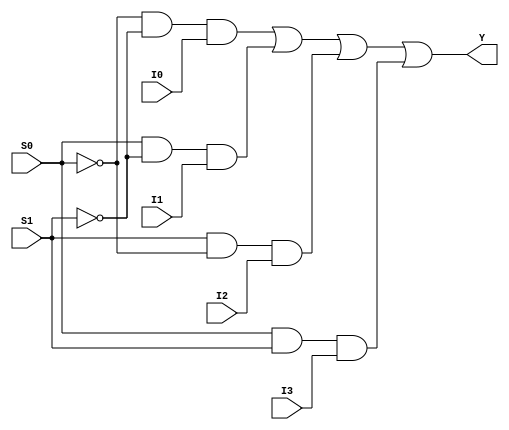
`timescale 1ns / 1ps
//////////////////////////////////////////////////////////////////////////////////
// Company: 
// Engineer: 
// 
// Design Name: 
// Module Name: mux_gate_4_1
// Project Name: 
// Target Devices: 
// Tool Versions: 
// Description: 
// 
// Dependencies: 
// 
// Revision:
// Revision 0.01 - File Created
// Additional Comments:
// 
//////////////////////////////////////////////////////////////////////////////////


module mux_gate_4_1(
    input S0,S1,I0,I1,I2,I3,
    output Y
    );
    
    wire s0bar , s1bar, i0, i1, i2, i3;
    not(s0bar,S0);
    not(s1bar,S1);
    and(i0,s0bar,s1bar,I0);
    and(i1,S0,s1bar,I1);
    and(i2,S1,s0bar,I2);
    and(i3,S0,S1,I3);
    or(Y,i0,i1,i2,i3);
endmodule